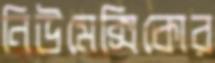
নিউমেক্সিকোর